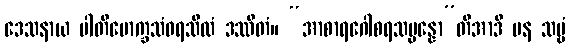
ဒေသနာယ ပါတိမောက္ခသံဝရသီလံ ဒဿိတံ။ “အာစာရဂေါစရသမ္ပန္နော”တိအာဒိ ပန သဗ္ဗံ